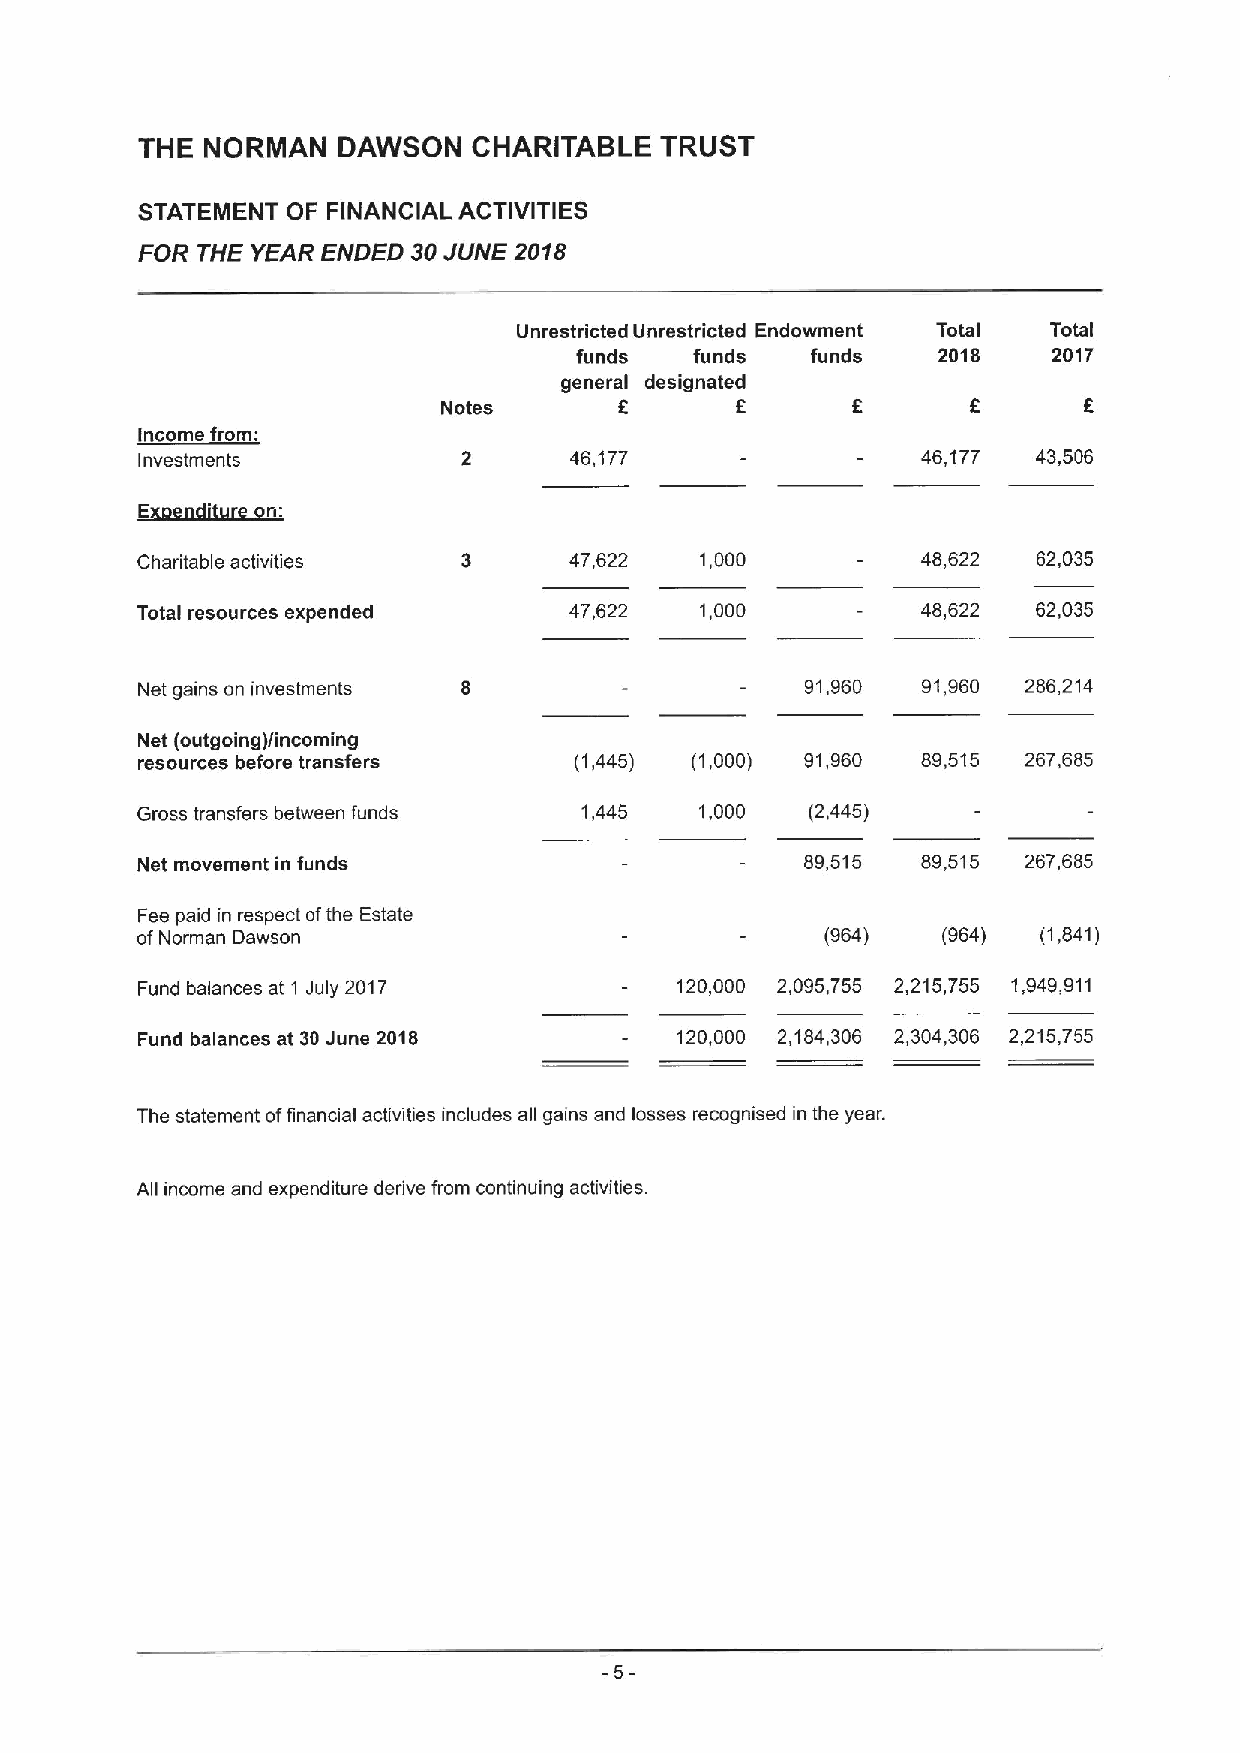
THE  NORMAN  DAWSON   CHARITABLE   TRUST
 STATEMENT OF FINANCIAL ACTIVITIES
 FOR THE YEAR ENDED 30JUNE 2018
 Unrestricted Unrestricted Endowment Total Total
 funds   funds   funds   2018    2017
 general designated
 f
 Notes       8              K
 income from:
 Investments           2      46,177                 46,177  43,506
 ~Ed
 t
 Charitable activities 3      47,622  1,000          48,622  62,035
 Total resources expended     47,622  1,000          48,622  62,035
 Net gains on investments                    91,960  91,960 286,214
 Net (outgoing)/incoming
 resources before transfers   (1,445) (1,000) 91,960 89,515 267,685
 Gross transfers between funds 1,445  1,000   (2,445)
 Net movement in funds                       89,515  89,515 267,685
 Fee paid in respect ofthe Estate
 ofNorman Dawson                               (964)  (964)  (1,841)
 Fund balances at 1 July 2017        120,000 2,095,755 2,215,755 1,949,911
 Fund balances at 30June 2018        120,000 2,184,306 2,304,306 2,215,755
 The statement offinancial activities includes all gains and losses recognised in the year.
 All income and expenditure dedive from continuing activities.